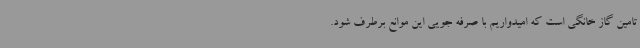
تامین گاز خانگی است که امیدواریم با صرفه جویی این موانع برطرف شود.